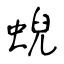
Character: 蜺